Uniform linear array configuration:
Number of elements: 24
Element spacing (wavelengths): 0.75
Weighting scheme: uniform
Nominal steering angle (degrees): -45
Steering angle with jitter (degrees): -44.012
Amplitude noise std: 0.05
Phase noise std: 0.05

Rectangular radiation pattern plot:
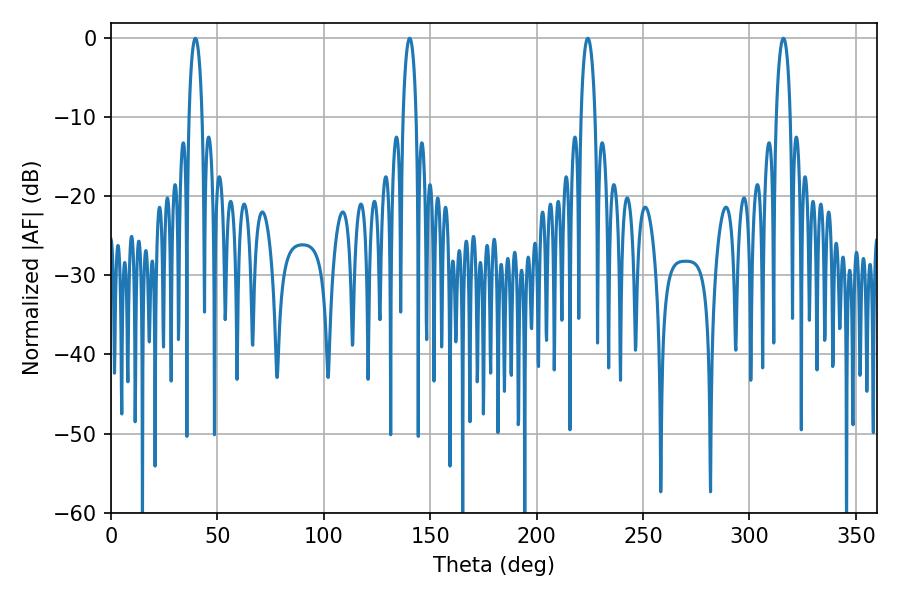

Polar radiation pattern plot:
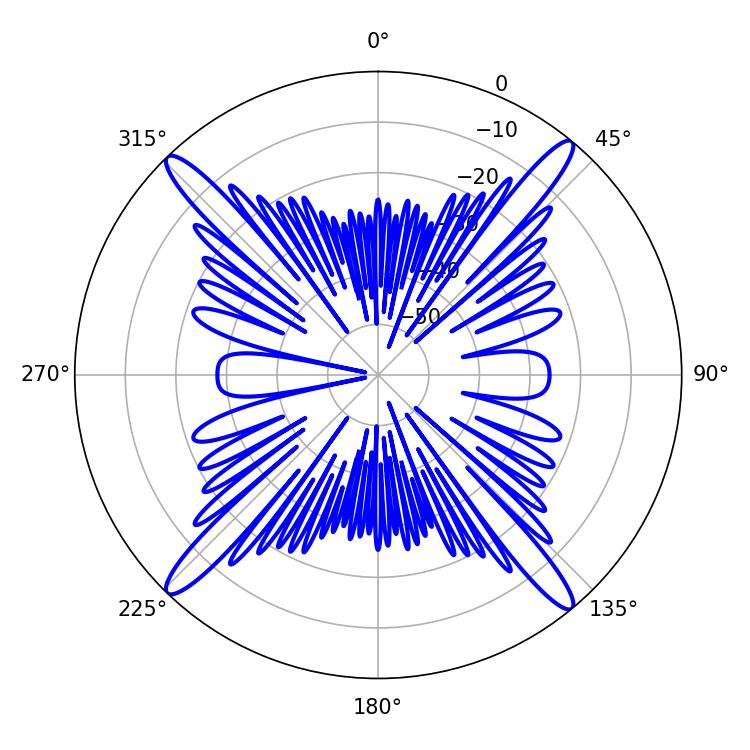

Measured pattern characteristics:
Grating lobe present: TRUE
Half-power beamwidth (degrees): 3.42
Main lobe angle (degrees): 39.6